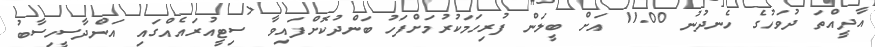
އާދީއްތަ ދުވަހުގެ ހެނދުނު 11.00 އަށް ބީލަން ފުރިހަމަކުރުމަށްފަހު ބަންދުކޮށްފައިވާ ސިޓީއުރައެއްގައި އަންދާސީހިސާބު